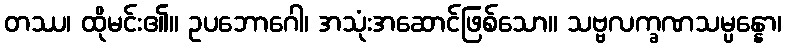
တဿ၊ ထိုမင်း၏။ ဥပဘောဂေါ၊ အသုံးအဆောင်ဖြစ်သော။ သဗ္ဗလက္ခဏသမ္ပန္နော၊